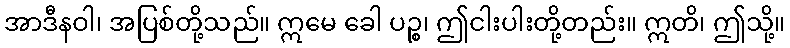
အာဒီနဝါ၊ အပြစ်တို့သည်။ ဣမေ ခေါ ပဉ္စ၊ ဤငါးပါးတို့တည်း။ ဣတိ၊ ဤသို့။